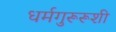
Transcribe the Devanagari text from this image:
धर्मगुरूरूशी